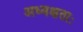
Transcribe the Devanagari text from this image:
अध्यक्षताः